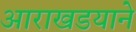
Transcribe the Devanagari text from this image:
आराखडयाने